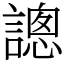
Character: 謥